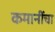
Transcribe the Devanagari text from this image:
कमानींचा